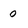
Character: O